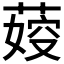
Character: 𦶞